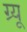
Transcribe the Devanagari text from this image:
ग्र्यू